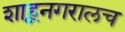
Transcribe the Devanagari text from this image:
शाहूनगरालच